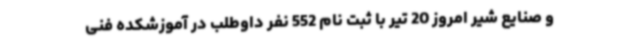
و صنایع شیر امروز 20 تیر با ثبت نام 552 نفر داوطلب در آموزشکده فنی